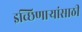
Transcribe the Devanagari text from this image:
इच्छिणाऱ्यांसाठी